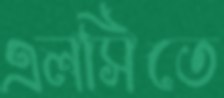
এলসিতে